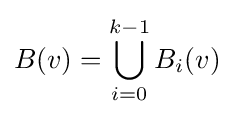
B(v)=\bigcup _{i=0}^{k-1}B_{i}(v)